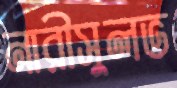
নারীসুলভ